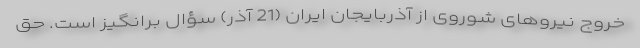
خروج نیروهای شوروی از آذربایجان ایران (21 آذر) سؤال برانگیز است. حق